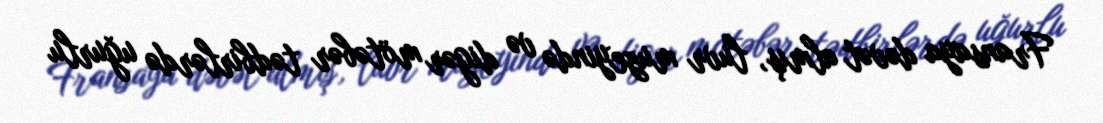
Fransaya dəvət almış, luvr muzeyində və digər mötəbər tədbirlərdə uğurlu